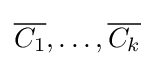
{\overline {C_{1}}},\ldots ,{\overline {C_{k}}}